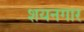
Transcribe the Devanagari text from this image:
शयनगार